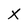
Character: X